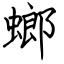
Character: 螂